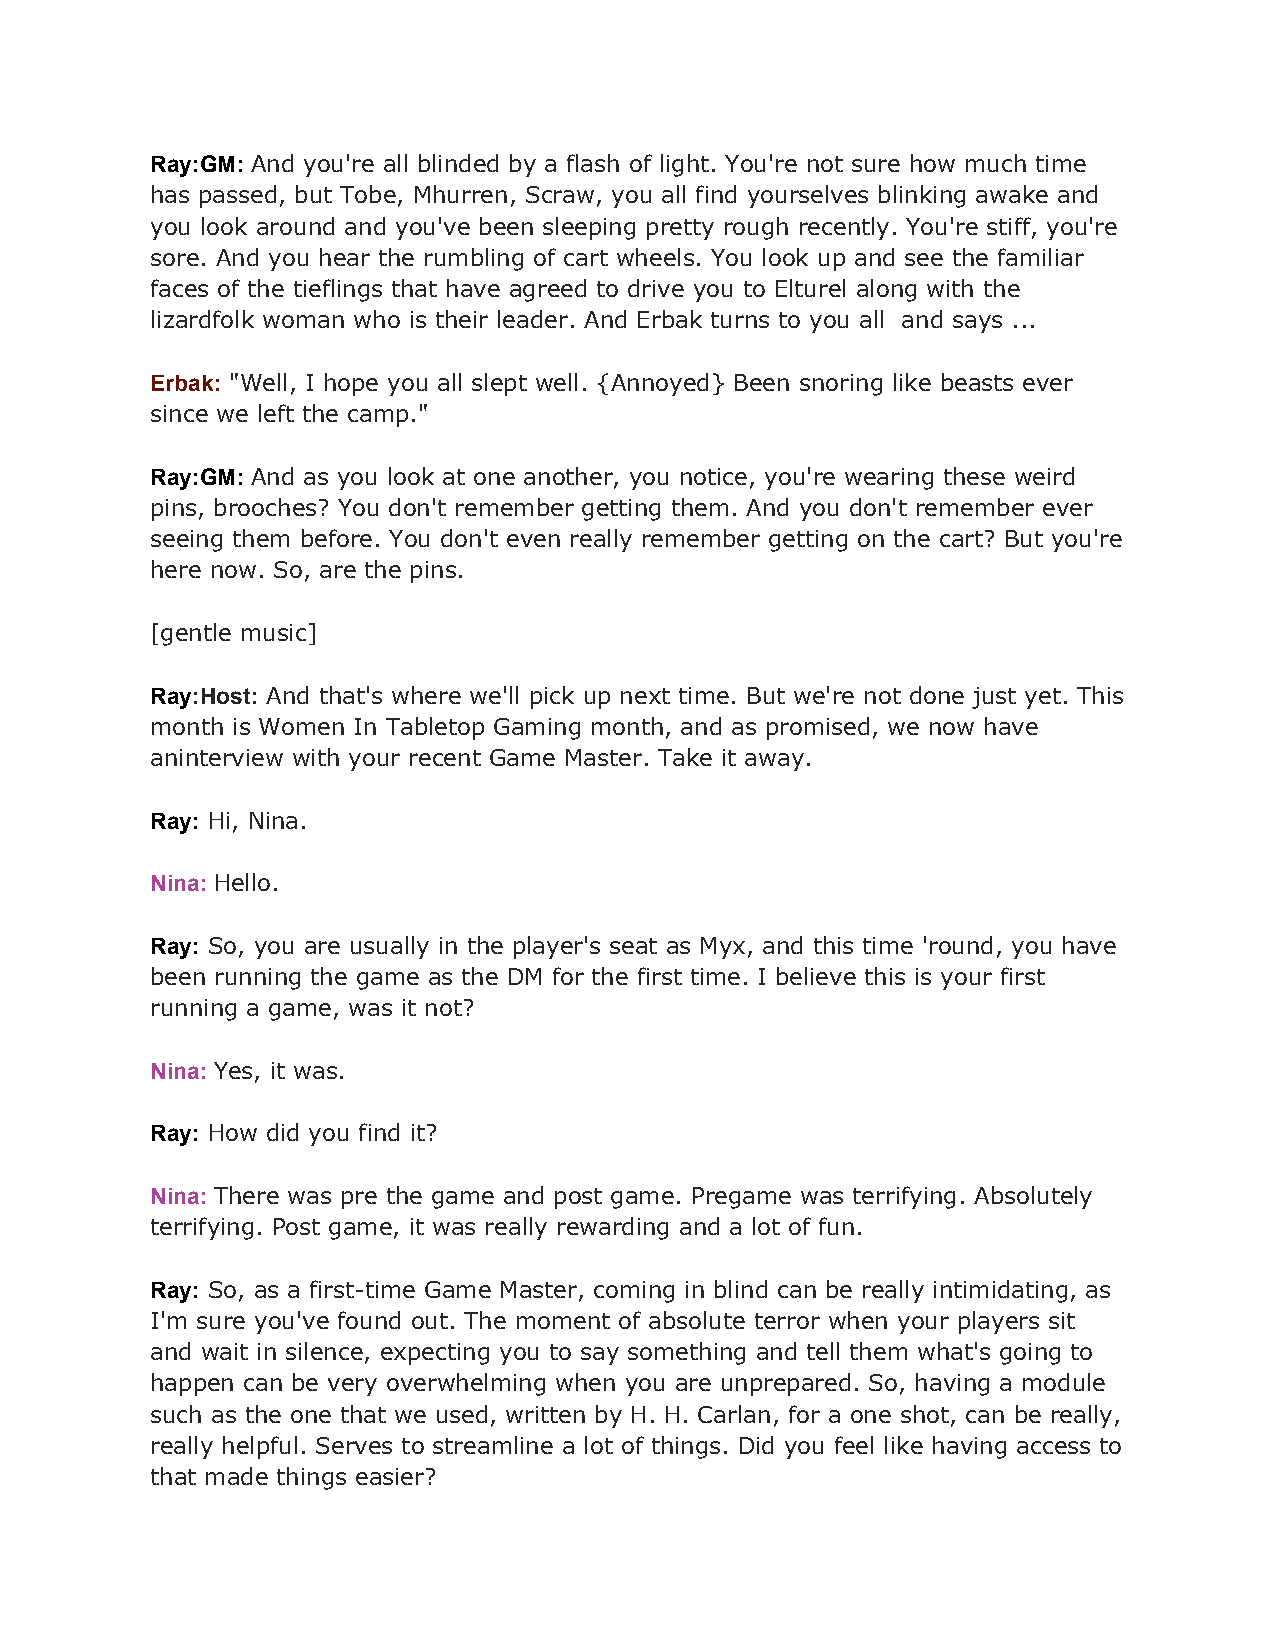
Ray:GM: And you're all blinded by a flash of light. You're not sure how much time
 ​
 has passed, but Tobe, Mhurren, Scraw, you all find yourselves blinking awake and
 you look around and you've been sleeping pretty rough recently. You're stiff, you're
 sore. And you hear the rumbling of cart wheels. You look up and see the familiar
 faces of the tieflings that have agreed to drive you to Elturel along with the
 lizardfolk woman who is their leader. And Erbak turns to you all and says ...
 Erbak: "Well, I hope you all slept well. {Annoyed} Been snoring like beasts ever
 ​
 since we left the camp."
 Ray:GM: And as you look at one another, you notice, you're wearing these weird
 ​ ​
 pins, brooches? You don't remember getting them. And you don't remember ever
 seeing them before. You don't even really remember getting on the cart? But you're
 here now. So, are the pins.
 [gentle music]
 Ray:Host: And that's where we'll pick up next time. But we're not done just yet. This
 ​   ​
 month is Women In Tabletop Gaming month, and as promised, we now have
 aninterview with your recent Game Master. Take it away.
 Ray: Hi, Nina.
 ​
 Nina: Hello.
 ​
 Ray: So, you are usually in the player's seat as Myx, and this time 'round, you have
 ​
 been running the game as the DM for the first time. I believe this is your first
 running a game, was it not?
 Nina: Yes, it was.
 ​
 Ray: How did you find it?
 ​
 Nina: There was pre the game and post game. Pregame was terrifying. Absolutely
 ​
 terrifying. Post game, it was really rewarding and a lot of fun.
 Ray: So, as a first-time Game Master, coming in blind can be really intimidating, as
 ​
 I'm sure you've found out. The moment of absolute terror when your players sit
 and wait in silence, expecting you to say something and tell them what's going to
 happen can be very overwhelming when you are unprepared. So, having a module
 such as the one that we used, written by H. H. Carlan, for a one shot, can be really,
 really helpful. Serves to streamline a lot of things. Did you feel like having access to
 that made things easier?